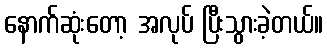
နောက်ဆုံးတော့ အလုပ် ပြီးသွားခဲ့တယ်။